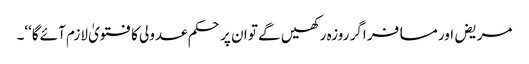
مریض اور مسافر اگر روزہ رکھیں گے تو ان پر حکم عدولی کا فتویٰ لازم آئے گا‘‘۔